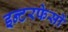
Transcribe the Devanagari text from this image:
इन्टरफेसों